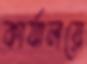
কার্যালয়ে